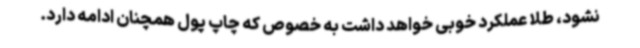
نشود، طلا عملکرد خوبی خواهد داشت به خصوص که چاپ پول همچنان ادامه دارد.